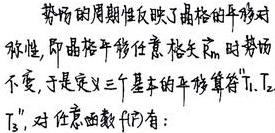
势场的周期性反映了晶格的平移对称性，即晶格平移任意格矢\(\vec{R}_{n}\) 时势场不变，于是定义三个基本的平移算符\(\hat{T}_{1},\hat{T}_{2},\hat{T}_{3}\)，对任意函数\(f(\vec{r})\)有：